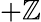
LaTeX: +\mathbb{Z}